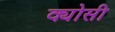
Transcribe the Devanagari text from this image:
क्योसी